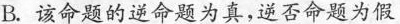
B.该命题的逆命题为真，逆否命题为假